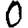
Digit: 0